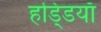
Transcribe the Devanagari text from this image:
हडि्डयाँ